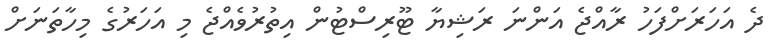
ދެ އަހަރަށްފަހު ރާއްޖެ އަންނަ ރަޝިޔާ ޓޫރިސްޓުން އިތުރުވެއްޖެ މި އަހަރުގެ މިހާތަނަށް